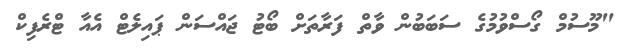
"މޫސުމް ގޯސްވުމުގެ ސަބަބުން ވާތް ފަރާތަށް ބޯޓު ޖައްސަން ޕައިލެޓް އެއާ ޓްރެފިކް